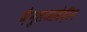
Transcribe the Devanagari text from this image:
जै़नुलआबेदीन